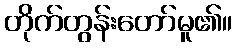
တိုက်တွန်းတော်မူ၏။